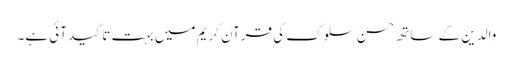
والدین کے ساتھ حسن سلوک کی قرآن کریم میں بہت تاکید آئی ہے۔